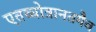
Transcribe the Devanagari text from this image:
एतच्चोत्रानतमैव